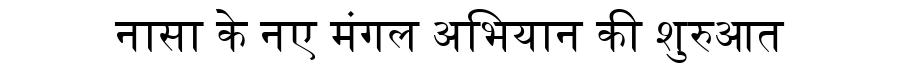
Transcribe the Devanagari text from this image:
नासा के नए मंगल अभियान की शुरुआत